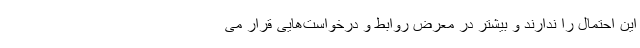
این احتمال را ندارند و بیشتر در معرض روابط و درخواست‌هایی قرار می